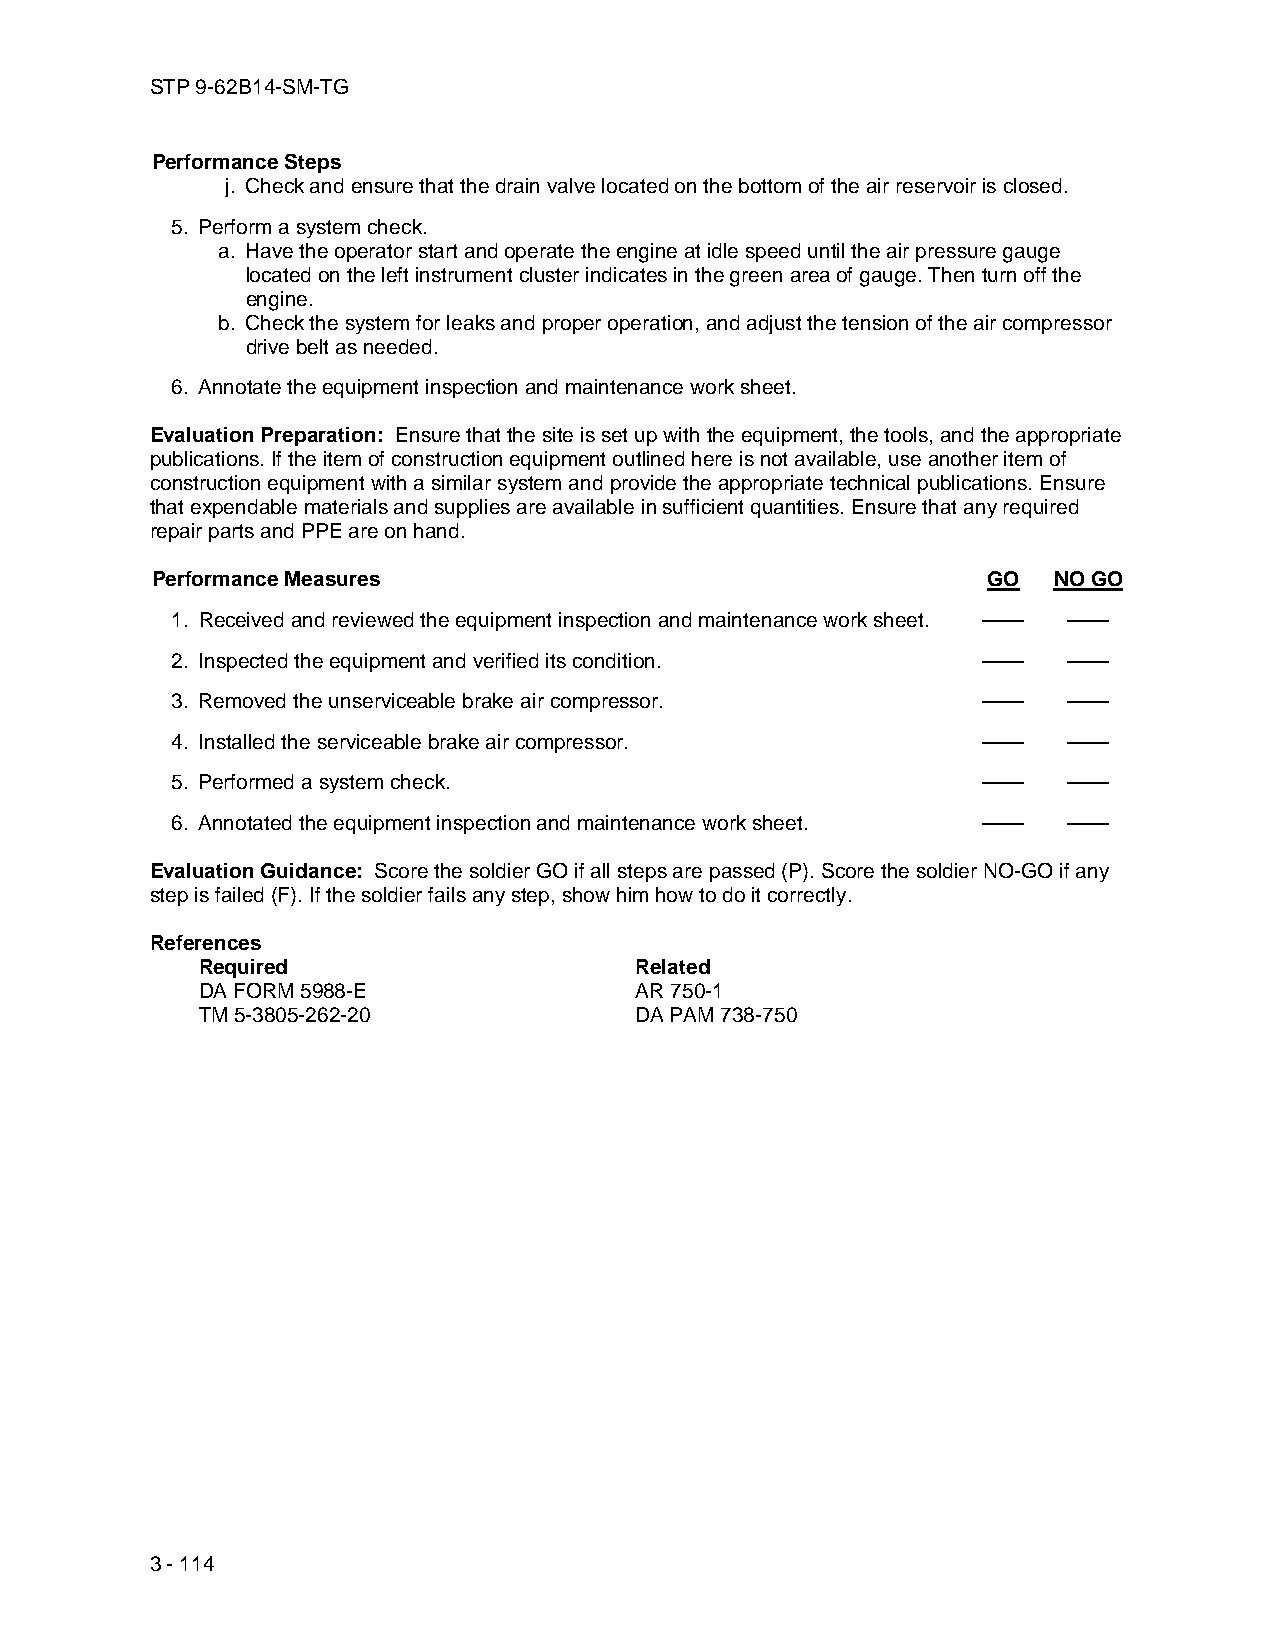
STP 9-62B14-SM-TG
 Performance Steps
 j. Check and ensure that the drain valve located on the bottom of the air reservoir is closed.
 5. Perform a system check.
 a. Have the operator start and operate the engine at idle speed until the air pressure gauge
 located on the left instrument cluster indicates in the green area of gauge. Then turn off the
 engine.
 b. Check the system for leaks and proper operation, and adjust the tension of the air compressor
 drive belt as needed.
 6. Annotate the equipment inspection and maintenance work sheet.
 Evaluation Preparation: Ensure that the site is set up with the equipment, the tools, and the appropriate
 publications. If the item of construction equipment outlined here is not available, use another item of
 construction equipment with a similar system and provide the appropriate technical publications. Ensure
 that expendable materials and supplies are available in sufficient quantities. Ensure that any required
 repair parts and PPE are on hand.
 Performance Measures                                   GO   NO GO
 1. Received and reviewed the equipment inspection and maintenance work sheet. —— ——
 2. Inspected the equipment and verified its condition. ——   ——
 3. Removed the unserviceable brake air compressor.    ——    ——
 4. Installed the serviceable brake air compressor.    ——    ——
 5. Performed a system check.                          ——    ——
 6. Annotated the equipment inspection and maintenance work sheet. —— ——
 Evaluation Guidance: Score the soldier GO if all steps are passed (P). Score the soldier NO-GO if any
 step is failed (F). If the soldier fails any step, show him how to do it correctly.
 References
 Required                     Related
 DA FORM 5988-E               AR 750-1
 TM 5-3805-262-20             DA PAM 738-750
 3 - 114